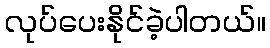
လုပ်ပေးနိုင်ခဲ့ပါတယ်။